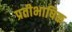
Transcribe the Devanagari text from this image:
प्रतीभाषिक